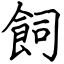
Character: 飼